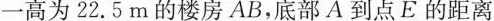
一高为22.5m的楼房AB，底部A到点E的距离